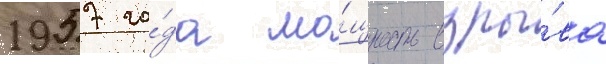
1957 го́да мо́щность взры́ва